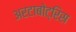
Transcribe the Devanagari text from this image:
अरटाबोट्रिस